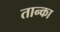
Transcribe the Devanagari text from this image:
तान्का